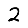
Digit: 2